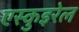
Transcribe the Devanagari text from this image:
एस्कुइरेल